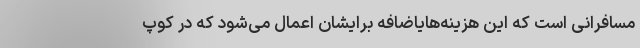
مسافرانی است که این هزینه‌هایاضافه برایشان اعمال می‌شود که در کوپ